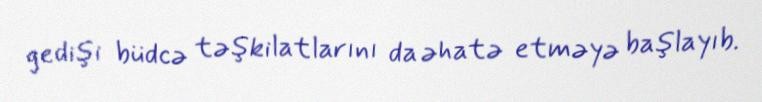
gedişi büdcə təşkilatlarını da əhatə etməyə başlayıb.